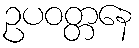
ဥပဝတ္တနေ